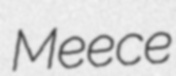
Meece